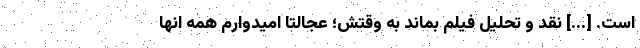
است. [...] نقد و تحلیل فیلم بماند به وقتش؛ عجالتاً امیدوارم همه انها